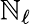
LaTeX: \mathbb{N}_{\ell}